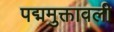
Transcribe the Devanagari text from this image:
पद्ममुक्तावली